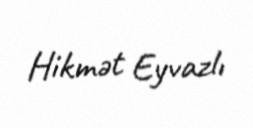
Hikmət Eyvazlı